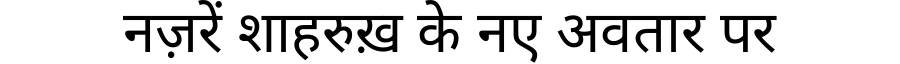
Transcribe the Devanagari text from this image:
नज़रें शाहरुख़ के नए अवतार पर